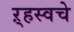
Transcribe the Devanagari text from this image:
ऱ्हस्वचे